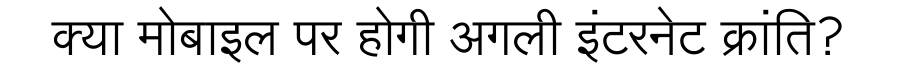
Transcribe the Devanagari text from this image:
क्या मोबाइल पर होगी अगली इंटरनेट क्रांति?